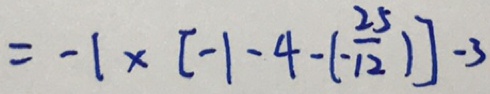
= - 1 \times [ - 1 - 4 - ( - \frac { 2 5 } { 1 2 } ) ] - 3